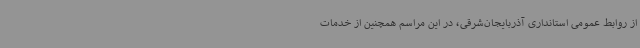
از روابط عمومی استانداری آذربایجان‌شرقی، در این مراسم همچنین از خدمات